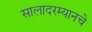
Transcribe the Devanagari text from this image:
सालादरम्यानचे